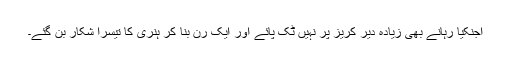
اجنکیا رہانے بھی زیادہ دیر کریز پر نہیں ٹک پائے اور ایک رن بنا کر ہنری کا تیسرا شکار بن گئے۔